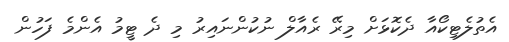
އެތުލެޓިކޯއާ ދެކޮޅަށް މިރޭ ރެއާލް ނުކުންނައިރު މި ދެ ޓީމު އެންމެ ފަހުން